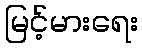
မြင့်မားရေး